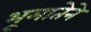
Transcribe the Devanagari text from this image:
भूमातेने